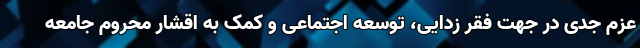
عزم جدی در جهت فقر زدایی، توسعه اجتماعی و کمک به اقشار محروم جامعه